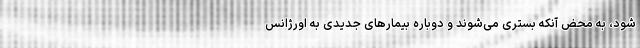
شود، به محض آنکه بستری می‌شوند و دوباره بیمارهای جدیدی به اورژانس